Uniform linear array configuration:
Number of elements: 12
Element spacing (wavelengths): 1
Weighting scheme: kaiser
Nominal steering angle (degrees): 45
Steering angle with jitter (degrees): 46.322
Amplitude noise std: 0.05
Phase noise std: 0.05

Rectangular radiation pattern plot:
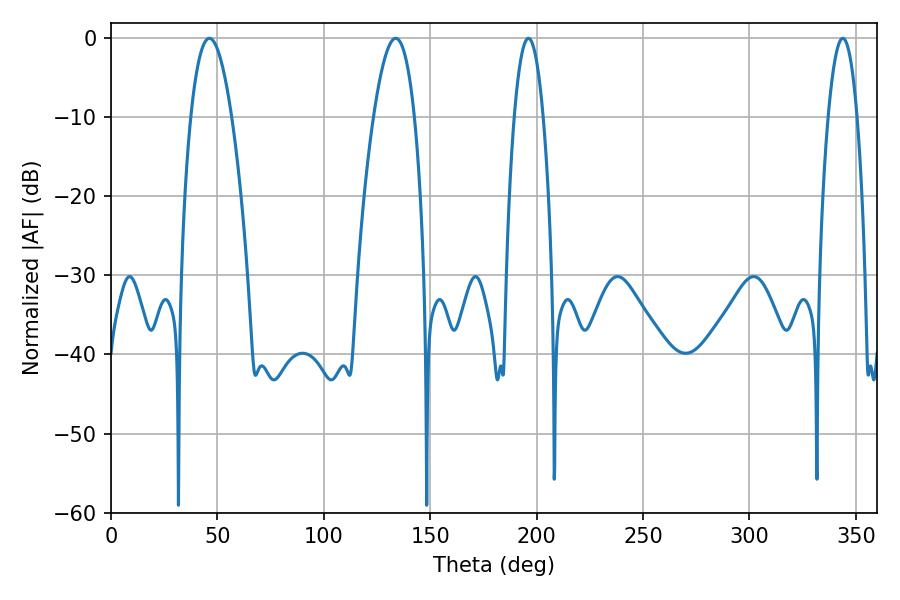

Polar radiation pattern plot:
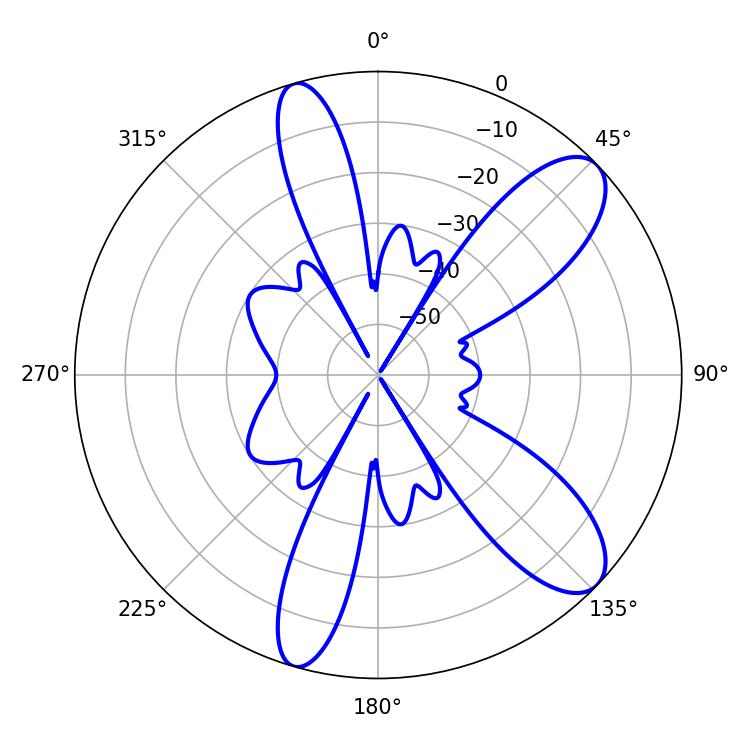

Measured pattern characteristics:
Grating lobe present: TRUE
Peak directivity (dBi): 9.823
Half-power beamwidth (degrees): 10.62
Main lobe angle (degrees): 46.26